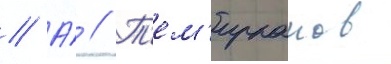
// А́ // Т'ем'ирканов